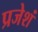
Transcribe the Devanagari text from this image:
प्रजेशं